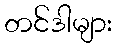
တင်ဒါများ